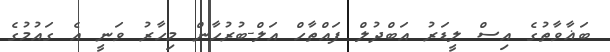
ބަޣާވާތުގެ އިސް ލީޑަރު އަބްދުލް ފައްތާހް އަލް-ބުރުހާން މިހާރު ވަނީ އެ ގައުމުގެ